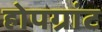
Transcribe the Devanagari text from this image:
होपग्रांट